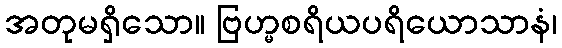
အတုမရှိသော။ ဗြဟ္မစရိယပရိယောသာနံ၊